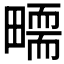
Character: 𤳜